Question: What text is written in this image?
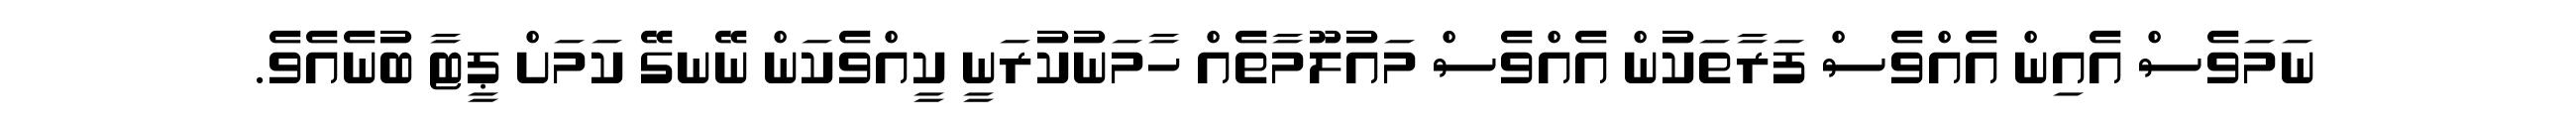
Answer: ނަމަވެސް އެއިން އެއްވެސް ފަރާތަކުން އެއްވެސް މައުލޫމާތެއް ހާމަނުކުރަނީ ކީއްވެކަން ނޭނގޭ ކަމަށް ޕީޓާ ބުނެއެވެ.